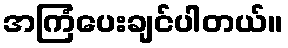
အကြံပေးချင်ပါတယ်။